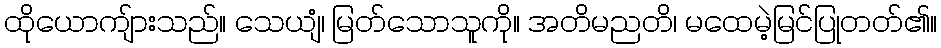
ထိုယောကျ်ားသည်။ သေယျံ၊ မြတ်သောသူကို။ အတိမညတိ၊ မထေမဲ့မြင်ပြုတတ်၏။